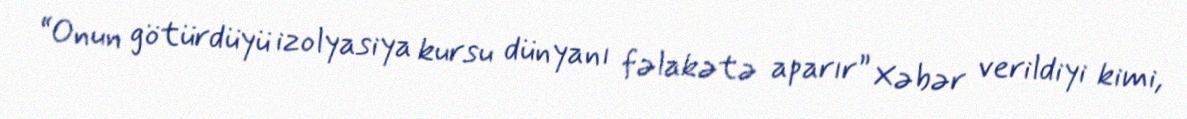
“Onun götürdüyü izolyasiya kursu dünyanı fəlakətə aparır” Xəbər verildiyi kimi,